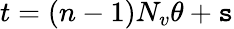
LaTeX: t=(n-1)N_{v}\theta+\mathtt{s}